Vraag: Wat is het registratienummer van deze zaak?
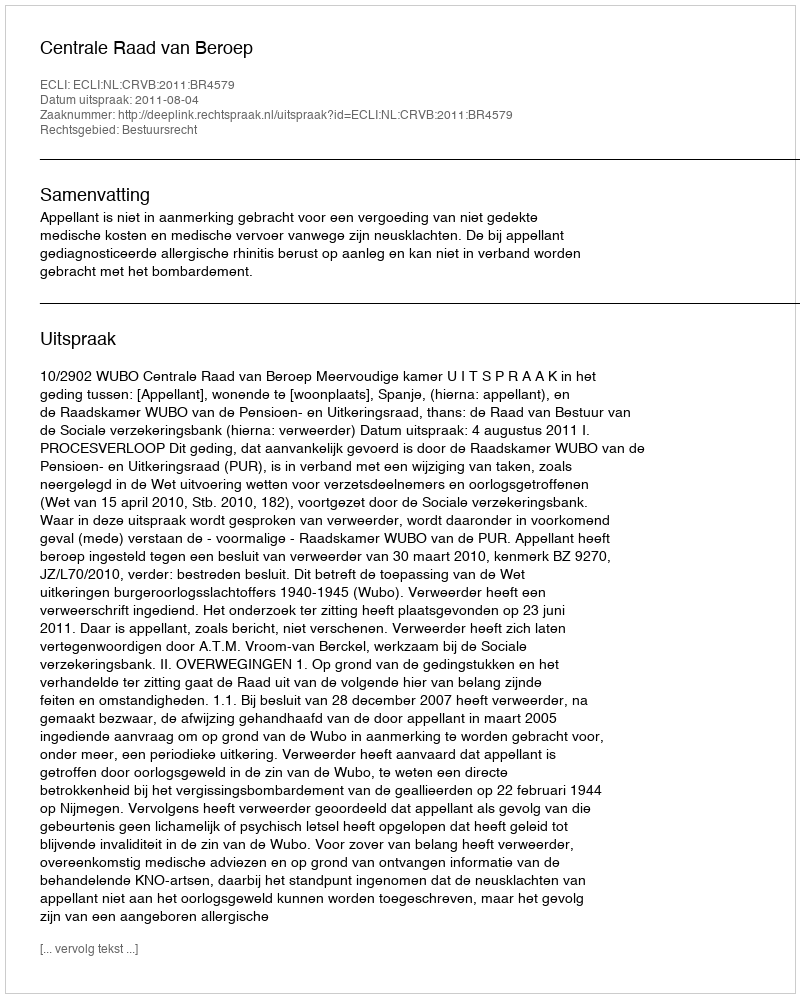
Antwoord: http://deeplink.rechtspraak.nl/uitspraak?id=ECLI:NL:CRVB:2011:BR4579